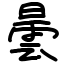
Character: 曇